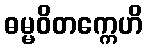
ဓမ္မဝိတက္ကေဟိ